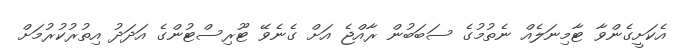
އެކަށީގެންވާ ޓާމިނަލެއް ނެތުމުގެ ސަބަބުން ރާއްޖެ އަށް ގެނެވޭ ޓޫރިސްޓުންގެ އަދަދު އިތުރުކުރުމަށް